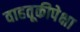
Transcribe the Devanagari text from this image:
वाहतूकीपेक्षा